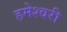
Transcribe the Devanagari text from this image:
हमेश्वरी